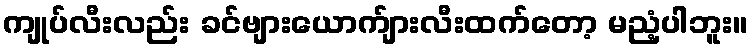
ကျုပ်လီးလည်း ခင်ဗျားယောက်ျားလီးထက်တော့ မညံ့ပါဘူး။